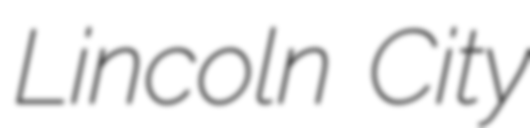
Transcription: Lincoln City